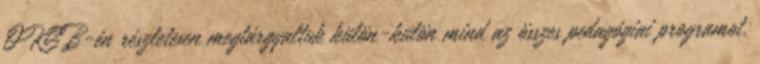
OKSB-én részletesen megtárgyaltuk külön-külön mind az összes pedagógiai programot,